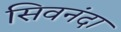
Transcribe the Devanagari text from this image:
सिवनंदा